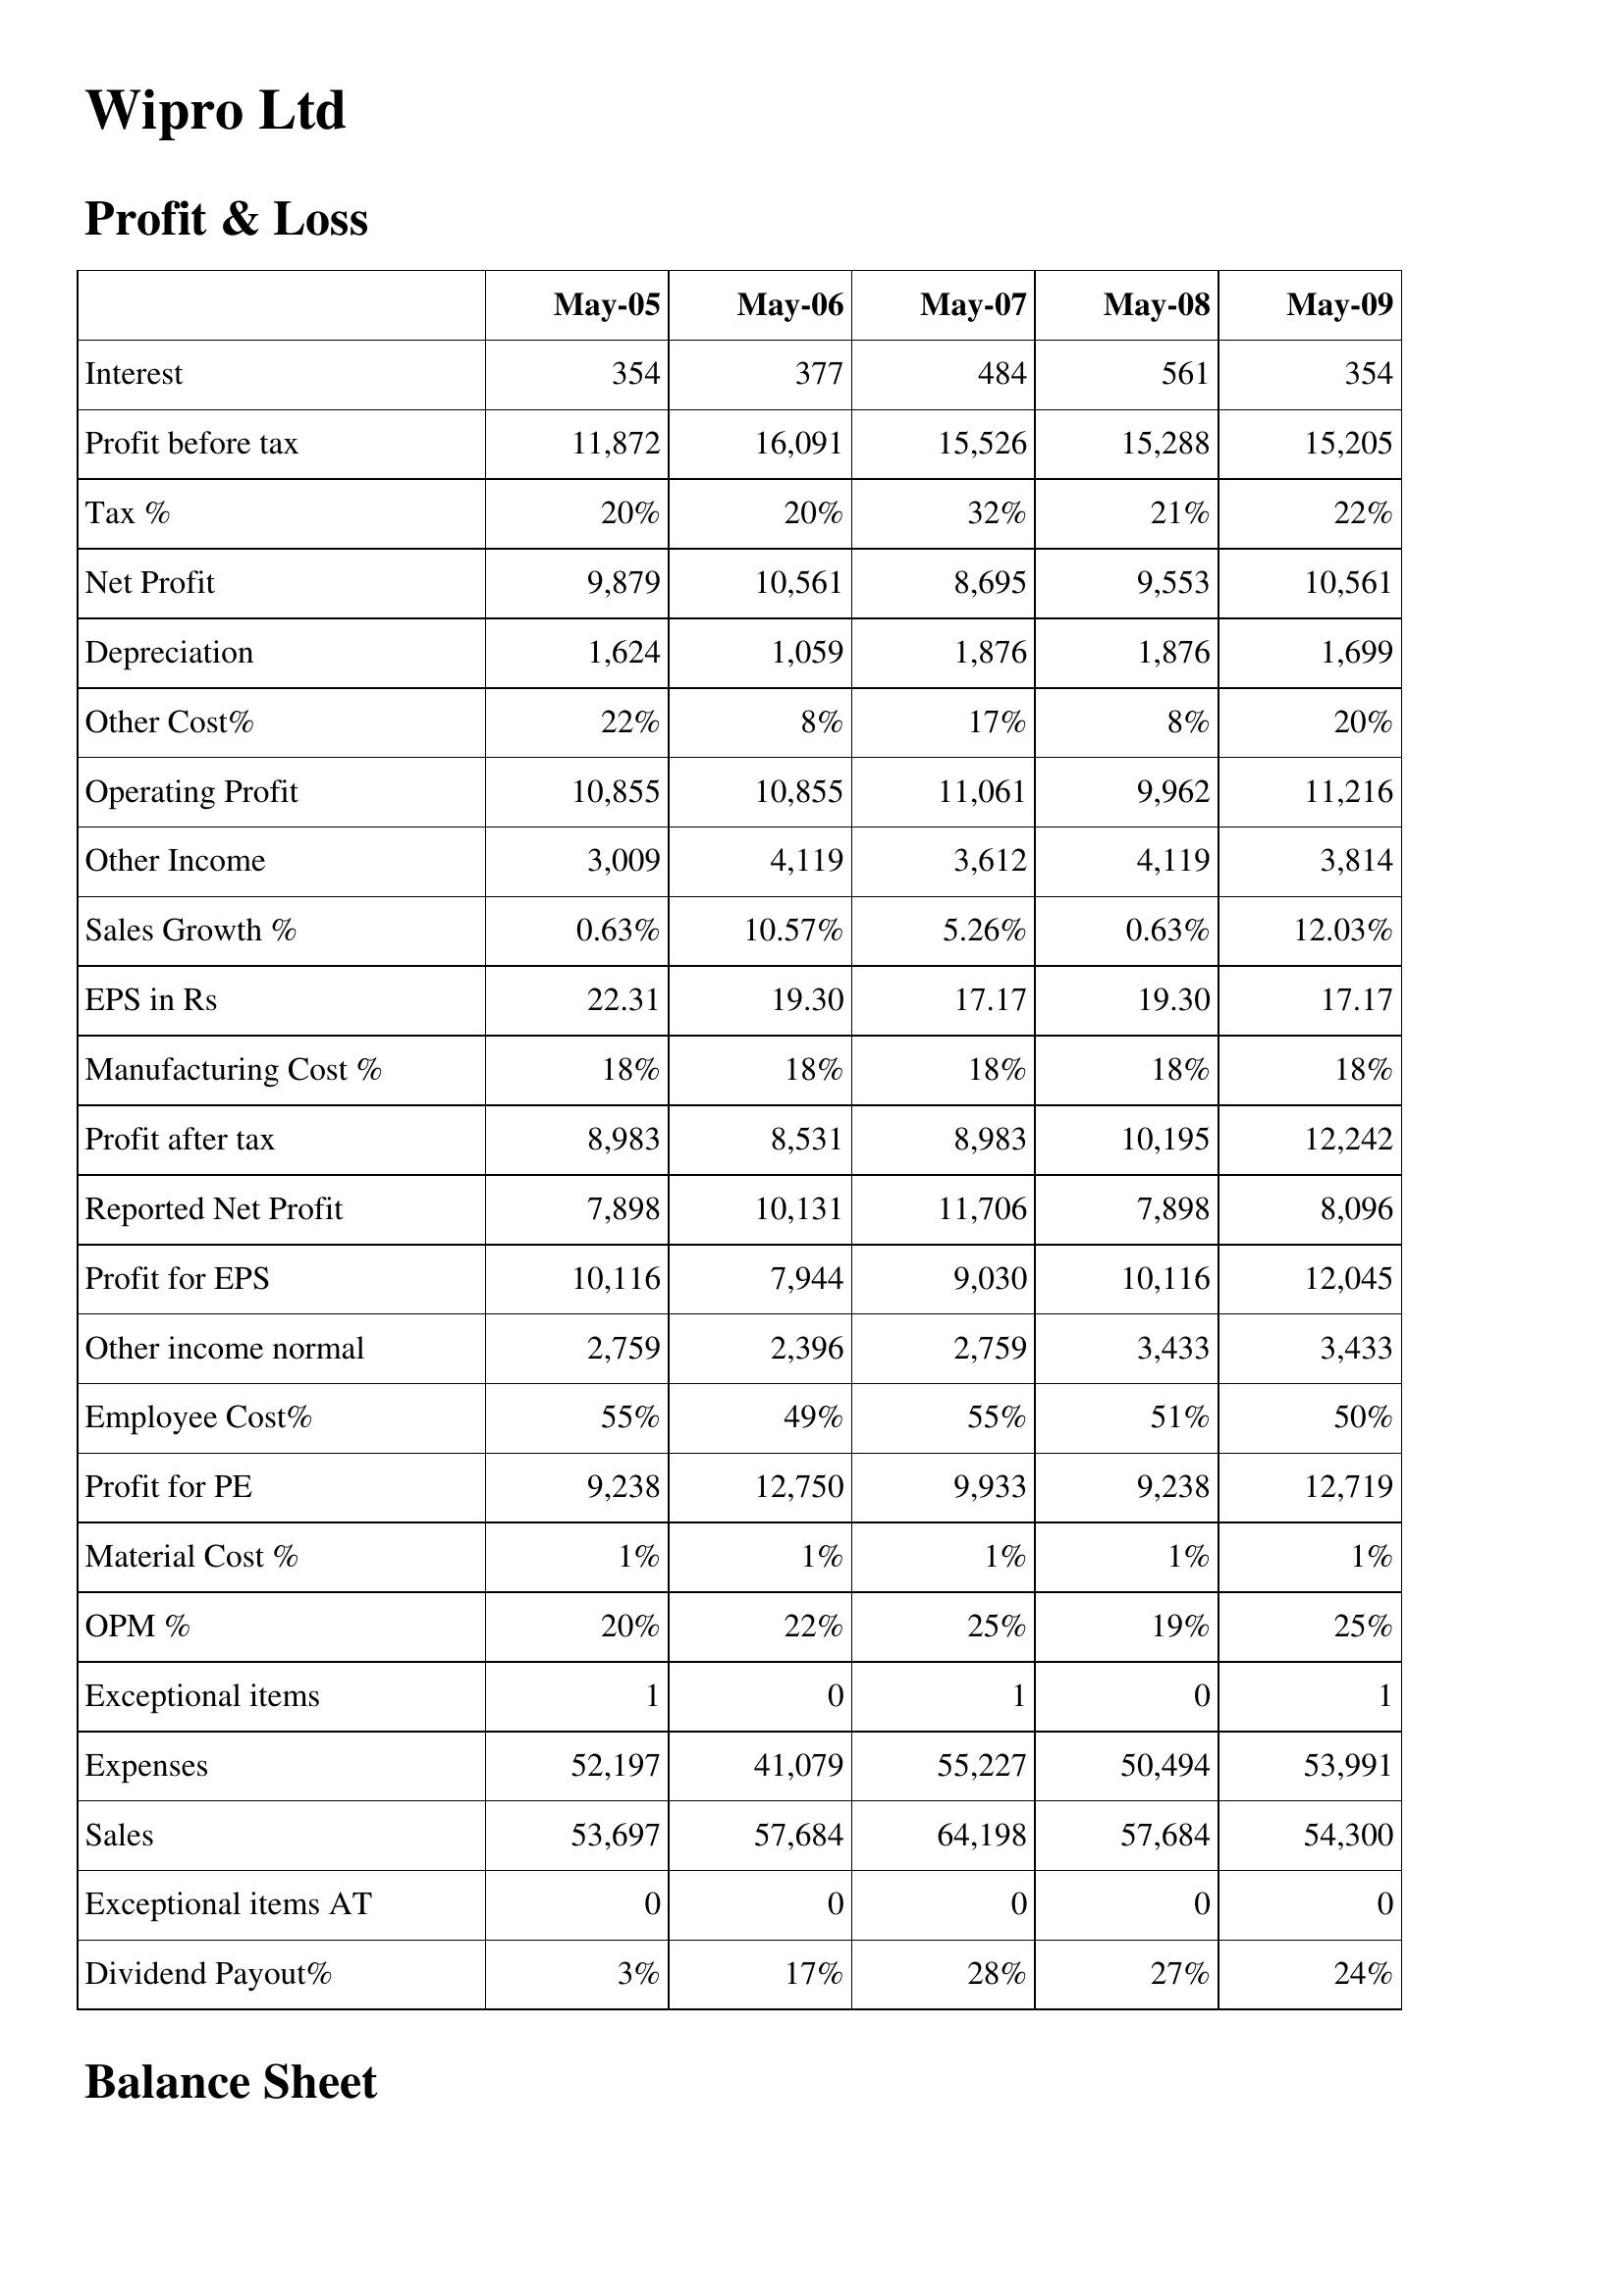
May-05: Profit & Loss: Interest: 354
Profit before tax: 11,872
Tax %: 20%
Net Profit: 9,879
Depreciation: 1,624
Other Cost%: 22%
Operating Profit: 10,855
Other Income: 3,009
Sales Growth %: 0.63%
EPS in Rs: 22.31
Manufacturing Cost %: 18%
Profit after tax: 8,983
Reported Net Profit: 7,898
Profit for EPS: 10,116
Other income normal: 2,759
Employee Cost%: 55%
Profit for PE: 9,238
Material Cost %: 1%
OPM %: 20%
Exceptional items: 1
Expenses: 52,197
Sales: 53,697
Exceptional items AT: 0
Dividend Payout%: 3%
May-06: Profit & Loss: Interest: 377
Profit before tax: 16,091
Tax %: 20%
Net Profit: 10,561
Depreciation: 1,059
Other Cost%: 8%
Operating Profit: 10,855
Other Income: 4,119
Sales Growth %: 10.57%
EPS in Rs: 19.30
Manufacturing Cost %: 18%
Profit after tax: 8,531
Reported Net Profit: 10,131
Profit for EPS: 7,944
Other income normal: 2,396
Employee Cost%: 49%
Profit for PE: 12,750
Material Cost %: 1%
OPM %: 22%
Exceptional items: 0
Expenses: 41,079
Sales: 57,684
Exceptional items AT: 0
Dividend Payout%: 17%
May-07: Profit & Loss: Interest: 484
Profit before tax: 15,526
Tax %: 32%
Net Profit: 8,695
Depreciation: 1,876
Other Cost%: 17%
Operating Profit: 11,061
Other Income: 3,612
Sales Growth %: 5.26%
EPS in Rs: 17.17
Manufacturing Cost %: 18%
Profit after tax: 8,983
Reported Net Profit: 11,706
Profit for EPS: 9,030
Other income normal: 2,759
Employee Cost%: 55%
Profit for PE: 9,933
Material Cost %: 1%
OPM %: 25%
Exceptional items: 1
Expenses: 55,227
Sales: 64,198
Exceptional items AT: 0
Dividend Payout%: 28%
May-08: Profit & Loss: Interest: 561
Profit before tax: 15,288
Tax %: 21%
Net Profit: 9,553
Depreciation: 1,876
Other Cost%: 8%
Operating Profit: 9,962
Other Income: 4,119
Sales Growth %: 0.63%
EPS in Rs: 19.30
Manufacturing Cost %: 18%
Profit after tax: 10,195
Reported Net Profit: 7,898
Profit for EPS: 10,116
Other income normal: 3,433
Employee Cost%: 51%
Profit for PE: 9,238
Material Cost %: 1%
OPM %: 19%
Exceptional items: 0
Expenses: 50,494
Sales: 57,684
Exceptional items AT: 0
Dividend Payout%: 27%
May-09: Profit & Loss: Interest: 354
Profit before tax: 15,205
Tax %: 22%
Net Profit: 10,561
Depreciation: 1,699
Other Cost%: 20%
Operating Profit: 11,216
Other Income: 3,814
Sales Growth %: 12.03%
EPS in Rs: 17.17
Manufacturing Cost %: 18%
Profit after tax: 12,242
Reported Net Profit: 8,096
Profit for EPS: 12,045
Other income normal: 3,433
Employee Cost%: 50%
Profit for PE: 12,719
Material Cost %: 1%
OPM %: 25%
Exceptional items: 1
Expenses: 53,991
Sales: 54,300
Exceptional items AT: 0
Dividend Payout%: 24%